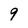
Character: 9